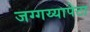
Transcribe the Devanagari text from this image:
जग्गय्यापेटा